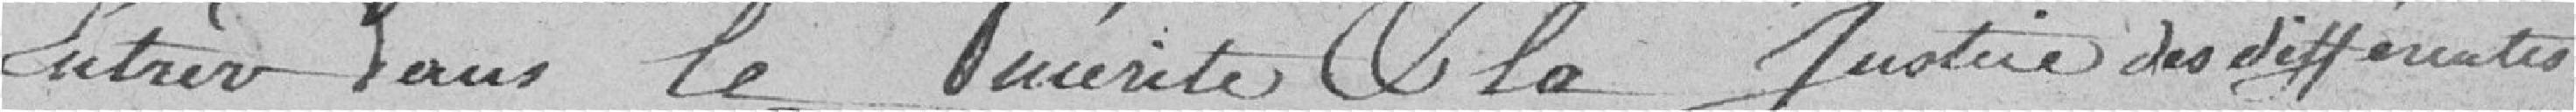
entrer dans le mérite et la justice des différentes